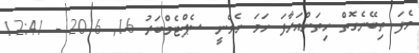
ވެފަ ތިބޭނެގޮތް ހިތަށްއަރާފަ ހަމަ ހެވެނީ ސެޕްޓެމްބަރު 16